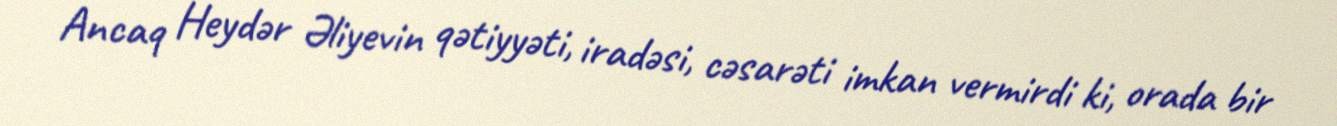
Ancaq Heydər Əliyevin qətiyyəti, iradəsi, cəsarəti imkan vermirdi ki, orada bir